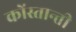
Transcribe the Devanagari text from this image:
कोंस्तान्ती